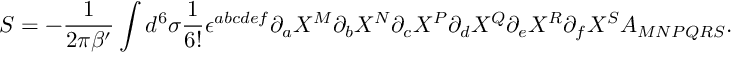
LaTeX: { \cal S } = - { \frac { 1 } { 2 \pi \beta ^ { \prime } } } \int d ^ { 6 } \sigma { \frac { 1 } { 6 ! } } \epsilon ^ { a b c d e f } \partial _ { a } X ^ { M } \partial _ { b } X ^ { N } \partial _ { c } X ^ { P } \partial _ { d } X ^ { Q } \partial _ { e } X ^ { R } \partial _ { f } X ^ { S } A _ { M N P Q R S } .